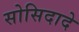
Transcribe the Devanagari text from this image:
सोसिदादे